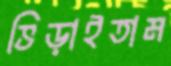
ভিড়াইতাম